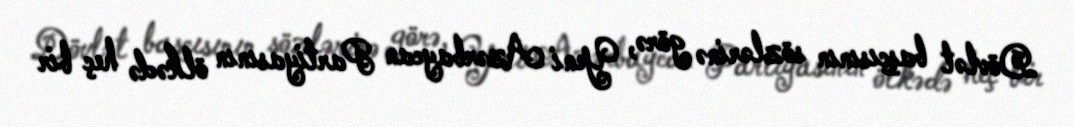
Dövlət başçısının sözlərinə görə, Yeni Azərbaycan Partiyasının ölkədə heç bir